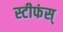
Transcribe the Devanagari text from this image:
स्टीफंस्